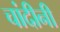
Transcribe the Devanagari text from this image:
चांदीनी